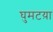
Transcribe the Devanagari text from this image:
घुमटय़ा